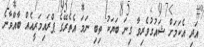
އަދި އެކަމަށް ޝައުގުވެރިވާ ގިނަ ބަޔަކު ތިބި ނަމަ އެތެރޭގެ ޕްރައިމަރީއެއް ބާއްވާނެ